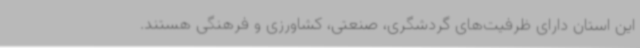
این استان دارای ظرفیت‌های گردشگری، صنعتی، کشاورزی و فرهنگی هستند.